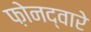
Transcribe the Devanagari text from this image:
फ़ोनद्वारे